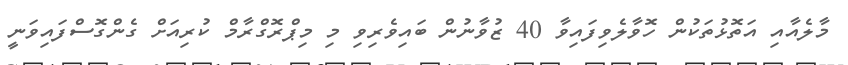
މާލެއާއި އަތޮޅުތަކުން ހޮވާލެވިފައިވާ 40 ޒުވާނުން ބައިވެރިވި މި މިޕްރޮގްރާމް ކުރިއަށް ގެންގޮސްފައިވަނީ